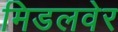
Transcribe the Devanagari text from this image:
मिडलवेर